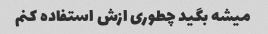
میشه بگید چطوری ازش استفاده کنم